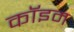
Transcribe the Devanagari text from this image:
कॉइम